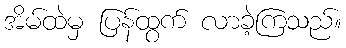
အိမ်ထဲမှ ပြန်ထွက် လာခဲ့ကြသည်။